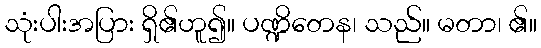
သုံးပါးအပြား ရှိ၏ဟူ၍။ ပဏ္ဍိတေန၊ သည်။ မတာ၊ ၏။